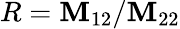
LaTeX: R=\mathbf{M}_{12}/\mathbf{M}_{22}